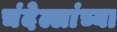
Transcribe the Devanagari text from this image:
चंदेल्लांच्या